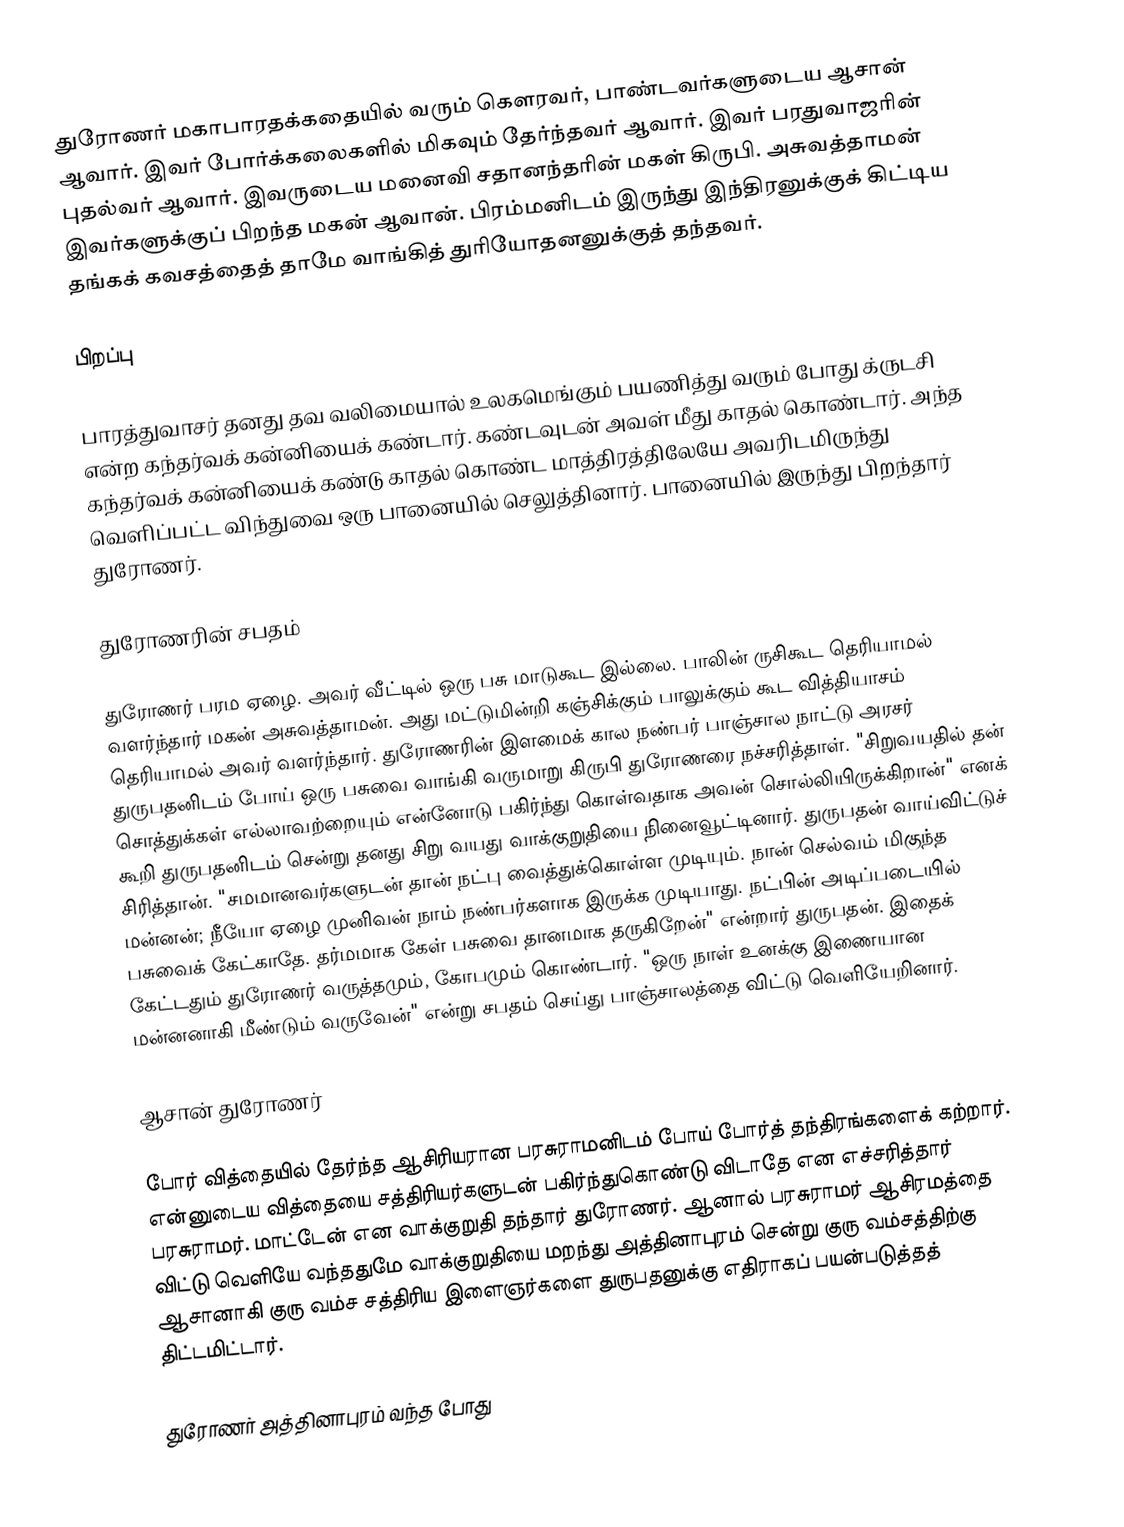
துரோணர் மகாபாரதக்கதையில் வரும் கௌரவர், பாண்டவர்களுடைய ஆசான் ஆவார். இவர் போர்க்கலைகளில் மிகவும் தேர்ந்தவர் ஆவார். இவர் பரதுவாஜரின்  புதல்வர் ஆவார். இவருடைய மனைவி சதானந்தரின் மகள் கிருபி. அசுவத்தாமன் இவர்களுக்குப் பிறந்த மகன் ஆவான். பிரம்மனிடம் இருந்து இந்திரனுக்குக் கிட்டிய தங்கக் கவசத்தைத் தாமே வாங்கித் துரியோதனனுக்குத் தந்தவர்.

பிறப்பு

பாரத்துவாசர் தனது தவ வலிமையால் உலகமெங்கும் பயணித்து வரும் போது க்ருடசி என்ற கந்தர்வக் கன்னியைக் கண்டார். கண்டவுடன் அவள் மீது காதல் கொண்டார். அந்த கந்தர்வக் கன்னியைக் கண்டு காதல் கொண்ட மாத்திரத்திலேயே அவரிடமிருந்து வெளிப்பட்ட விந்துவை ஒரு பானையில் செலுத்தினார். பானையில் இருந்து பிறந்தார் துரோணர்.

துரோணரின் சபதம்

துரோணர் பரம ஏழை. அவர் வீட்டில் ஒரு பசு மாடுகூட இல்லை. பாலின் ருசிகூட தெரியாமல் வளர்ந்தார் மகன் அசுவத்தாமன். அது மட்டுமின்றி கஞ்சிக்கும் பாலுக்கும் கூட வித்தியாசம் தெரியாமல் அவர் வளர்ந்தார். துரோணரின் இளமைக் கால நண்பர் பாஞ்சால நாட்டு அரசர் துருபதனிடம் போய் ஒரு பசுவை வாங்கி வருமாறு கிருபி துரோணரை நச்சரித்தாள். "சிறுவயதில் தன் சொத்துக்கள் எல்லாவற்றையும் என்னோடு பகிர்ந்து கொள்வதாக அவன் சொல்லியிருக்கிறான்" எனக் கூறி துருபதனிடம் சென்று தனது சிறு வயது வாக்குறுதியை நினைவூட்டினார். துருபதன் வாய்விட்டுச் சிரித்தான். "சமமானவர்களுடன் தான் நட்பு வைத்துக்கொள்ள முடியும். நான் செல்வம் மிகுந்த மன்னன்; நீயோ ஏழை முனிவன் நாம் நண்பர்களாக இருக்க முடியாது. நட்பின் அடிப்படையில் பசுவைக் கேட்காதே. தர்மமாக கேள் பசுவை தானமாக தருகிறேன்" என்றார் துருபதன். இதைக் கேட்டதும் துரோணர் வருத்தமும், கோபமும் கொண்டார். "ஒரு நாள் உனக்கு இணையான மன்னனாகி மீண்டும் வருவேன்" என்று சபதம் செய்து பாஞ்சாலத்தை விட்டு வெளியேறினார்.

ஆசான் துரோணர்

போர் வித்தையில் தேர்ந்த ஆசிரியரான பரசுராமனிடம் போய் போர்த் தந்திரங்களைக் கற்றார். என்னுடைய வித்தையை சத்திரியர்களுடன் பகிர்ந்துகொண்டு விடாதே என எச்சரித்தார் பரசுராமர். மாட்டேன் என வாக்குறுதி தந்தார் துரோணர். ஆனால் பரசுராமர் ஆசிரமத்தை விட்டு வெளியே வந்ததுமே வாக்குறுதியை மறந்து அத்தினாபுரம் சென்று குரு வம்சத்திற்கு ஆசானாகி குரு வம்ச சத்திரிய இளைஞர்களை துருபதனுக்கு எதிராகப் பயன்படுத்தத் திட்டமிட்டார்.

துரோணர் அத்தினாபுரம் வந்த போது